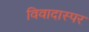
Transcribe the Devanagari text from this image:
विवादास्पर